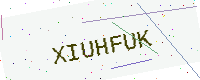
Text: XIUHFUK